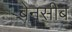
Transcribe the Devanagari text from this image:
बेनसीब